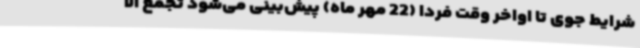
شرایط جوی تا اواخر وقت فردا (22 مهر ماه) پیش‌بینی می‌شود تجمع آلا